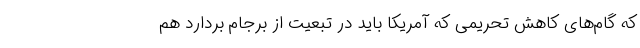
که گام‌های کاهش تحریمی که آمریکا باید در تبعیت از برجام بردارد هم